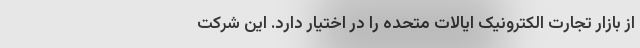
از بازار تجارت الکترونیک ایالات متحده را در اختیار دارد. این شرکت